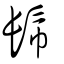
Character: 𩫹